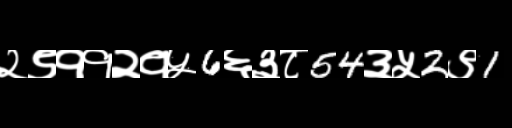
Text: २९११२१५6६३८54३५2९1